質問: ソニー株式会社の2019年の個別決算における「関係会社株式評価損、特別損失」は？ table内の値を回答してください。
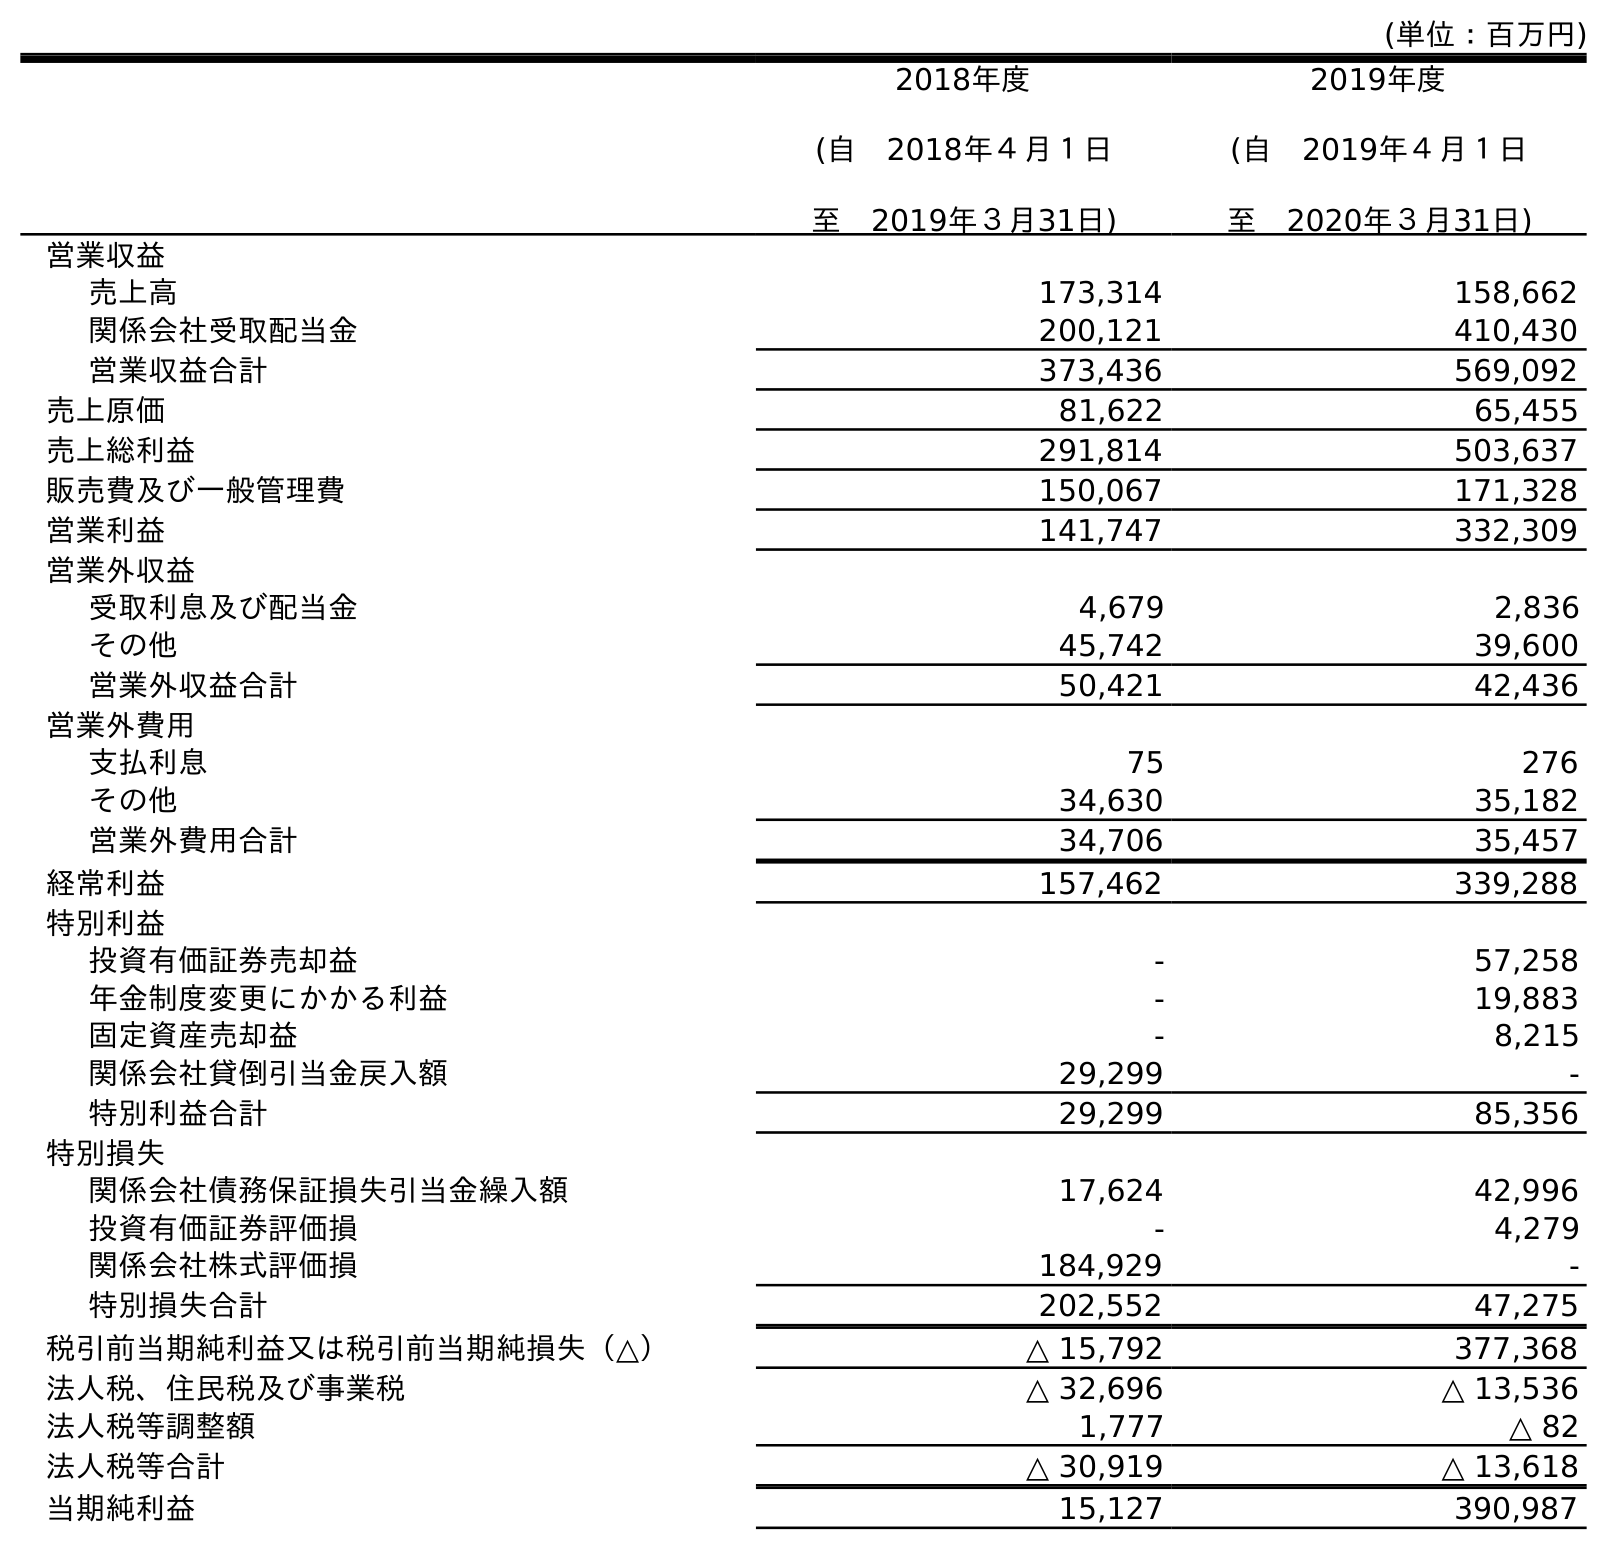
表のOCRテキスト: (単位：百万円) 2018年度 (自 2018年４月１日 至 2019年３月31日) 2019年度 (自 2019年４月１日 至 2020年３月31日) 営業収益 売上高 173,314 158,662 関係会社受取配当金 200,121 410,430 営業収益合計 373,436 569,092 売上原価 81,622 65,455 売上総利益 291,814 503,637 販売費及び一般管理費 150,067 171,328 営業利益 141,747 332,309 営業外収益 受取利息及び配当金 4,679 2,836 その他 45,742 39,600 営業外収益合計 50,421 42,436 営業外費用 支払利息 75 276 その他 34,630 35,182 営業外費用合計 34,706 35,457 経常利益 157,462 339,288 特別利益 投資有価証券売却益 - 57,258 年金制度変更にかかる利益 - 19,883 固定資産売却益 - 8,215 関係会社貸倒引当金戻入額 29,299 - 特別利益合計 29,299 85,356 特別損失 関係会社債務保証損失引当金繰入額 17,624 42,996 投資有価証券評価損 - 4,279 関係会社株式評価損 184,929 - 特別損失合計 202,552 47,275 税引前当期純利益又は税引前当期純損失（△） △ 15,792 377,368 法人税、住民税及び事業税 △ 32,696 △ 13,536 法人税等調整額 1,777 △ 82 法人税等合計 △ 30,919 △ 13,618 当期純利益 15,127 390,987
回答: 184,929